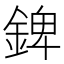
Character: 錍